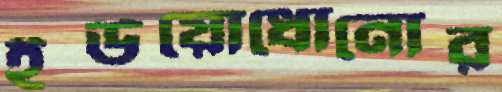
ইউয়োধোনোর